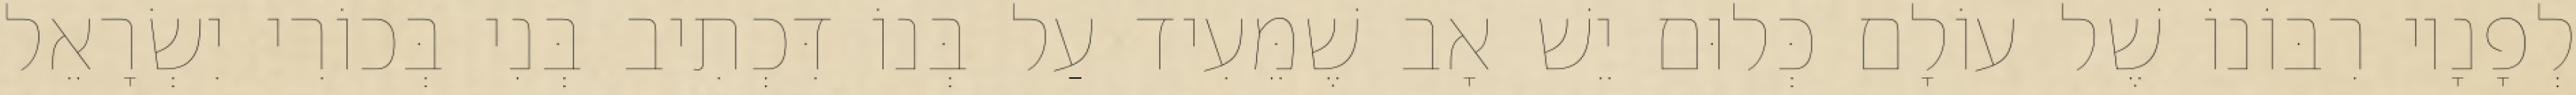
לְפָנָיו רִבּוֹנוֹ שֶׁל עוֹלָם כְּלוּם יֵשׁ אָב שֶׁמֵּעִיד עַל בְּנוֹ דִּכְתִיב בְּנִי בְּכוֹרִי יִשְׂרָאֵל